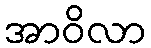
အာဝိလာ